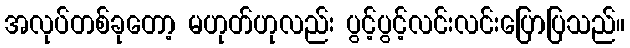
အလုပ်တစ်ခုတော့ မဟုတ်ဟုလည်း ပွင့်ပွင့်လင်းလင်းပြောပြသည်။